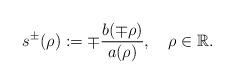
LaTeX: \begin{align*}s^{\pm}(\rho):=\mp\frac{b(\mp\rho)}{a(\rho)},\quad\rho\in\mathbb{R}.\end{align*}